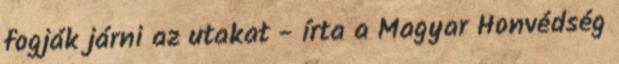
fogják járni az utakat - írta a Magyar Honvédség